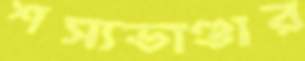
শস্যভাণ্ডার